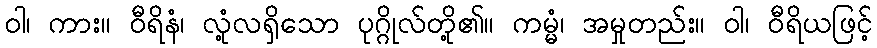
ဝါ၊ ကား။ ဝီရိနံ၊ လုံ့လရှိသော ပုဂ္ဂိုလ်တို့၏။ ကမ္မံ၊ အမှုတည်း။ ဝါ၊ ဝီရိယဖြင့်